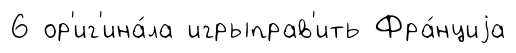
6 ор'иг'ина́ла игрыправ'ить Фра́нциjа